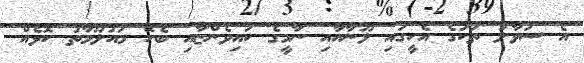
އެ ސުވާލު ތަކުގެ އެހީގައި ލޫނާއާއި ނާމީގެ ކައިވެންޏާއި ބެހޭ މައުލޫމާތު ކޮޅެއް